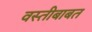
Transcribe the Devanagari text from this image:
वस्तीबाबत